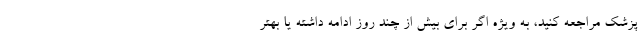
پزشک مراجعه کنید، به ویژه اگر برای بیش از چند روز ادامه داشته یا بهتر